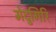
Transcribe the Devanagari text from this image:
मेदुगिरि